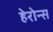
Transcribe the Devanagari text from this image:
हेरोन्स